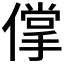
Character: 𰂱